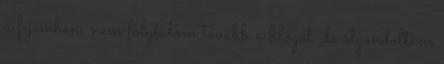
a fejemben, nem folytatom tovább a blogot, de átgondoltam